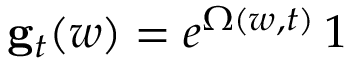
{ \bf g } _ { t } ( w ) = e ^ { \Omega ( w , t ) } \, \boldsymbol { 1 }